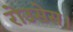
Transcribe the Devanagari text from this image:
रोउसेस।